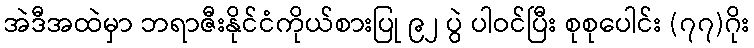
အဲဒီအထဲမှာ ဘရာဇီးနိုင်ငံကိုယ်စားပြု ၉၂ ပွဲ ပါဝင်ပြီး စုစုပေါင်း (၇၇)ဂိုး